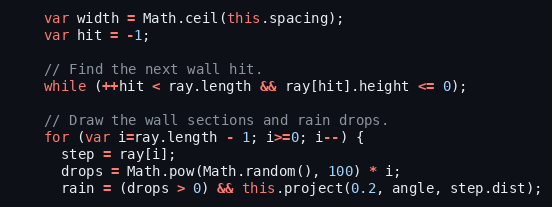
Language: JavaScript
    var width = Math.ceil(this.spacing);
    var hit = -1;

    // Find the next wall hit.
    while (++hit < ray.length && ray[hit].height <= 0);

    // Draw the wall sections and rain drops.
    for (var i=ray.length - 1; i>=0; i--) {
      step = ray[i];
      drops = Math.pow(Math.random(), 100) * i;
      rain = (drops > 0) && this.project(0.2, angle, step.dist);